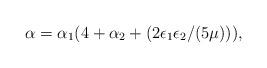
LaTeX: \begin{align*}\alpha=\alpha_{1}(4+\alpha_{2}+(2\epsilon_{1}\epsilon_{2}/(5\mu))), \end{align*}